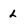
Character: L